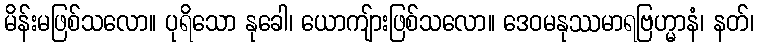
မိန်းမဖြစ်သလော။ ပုရိသော နုခေါ၊ ယောကျ်ားဖြစ်သလော။ ဒေဝမနုဿမာရဗြဟ္မာနံ၊ နတ်၊